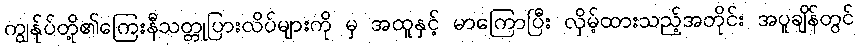
ကျွန်ုပ်တို့၏ကြေးနီသတ္တုပြားလိပ်များကို မှ အထူနှင့် မာကြောပြီး လှိမ့်ထားသည့်အတိုင်း အပူချိန်တွင်